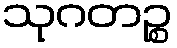
သုဂတဉ္စ